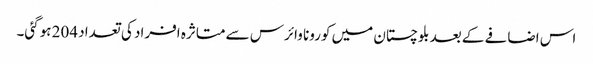
اس اضافے کے بعد بلوچستان میں کورونا وائرس سے متاثرہ افراد کی تعداد 204 ہوگئی۔